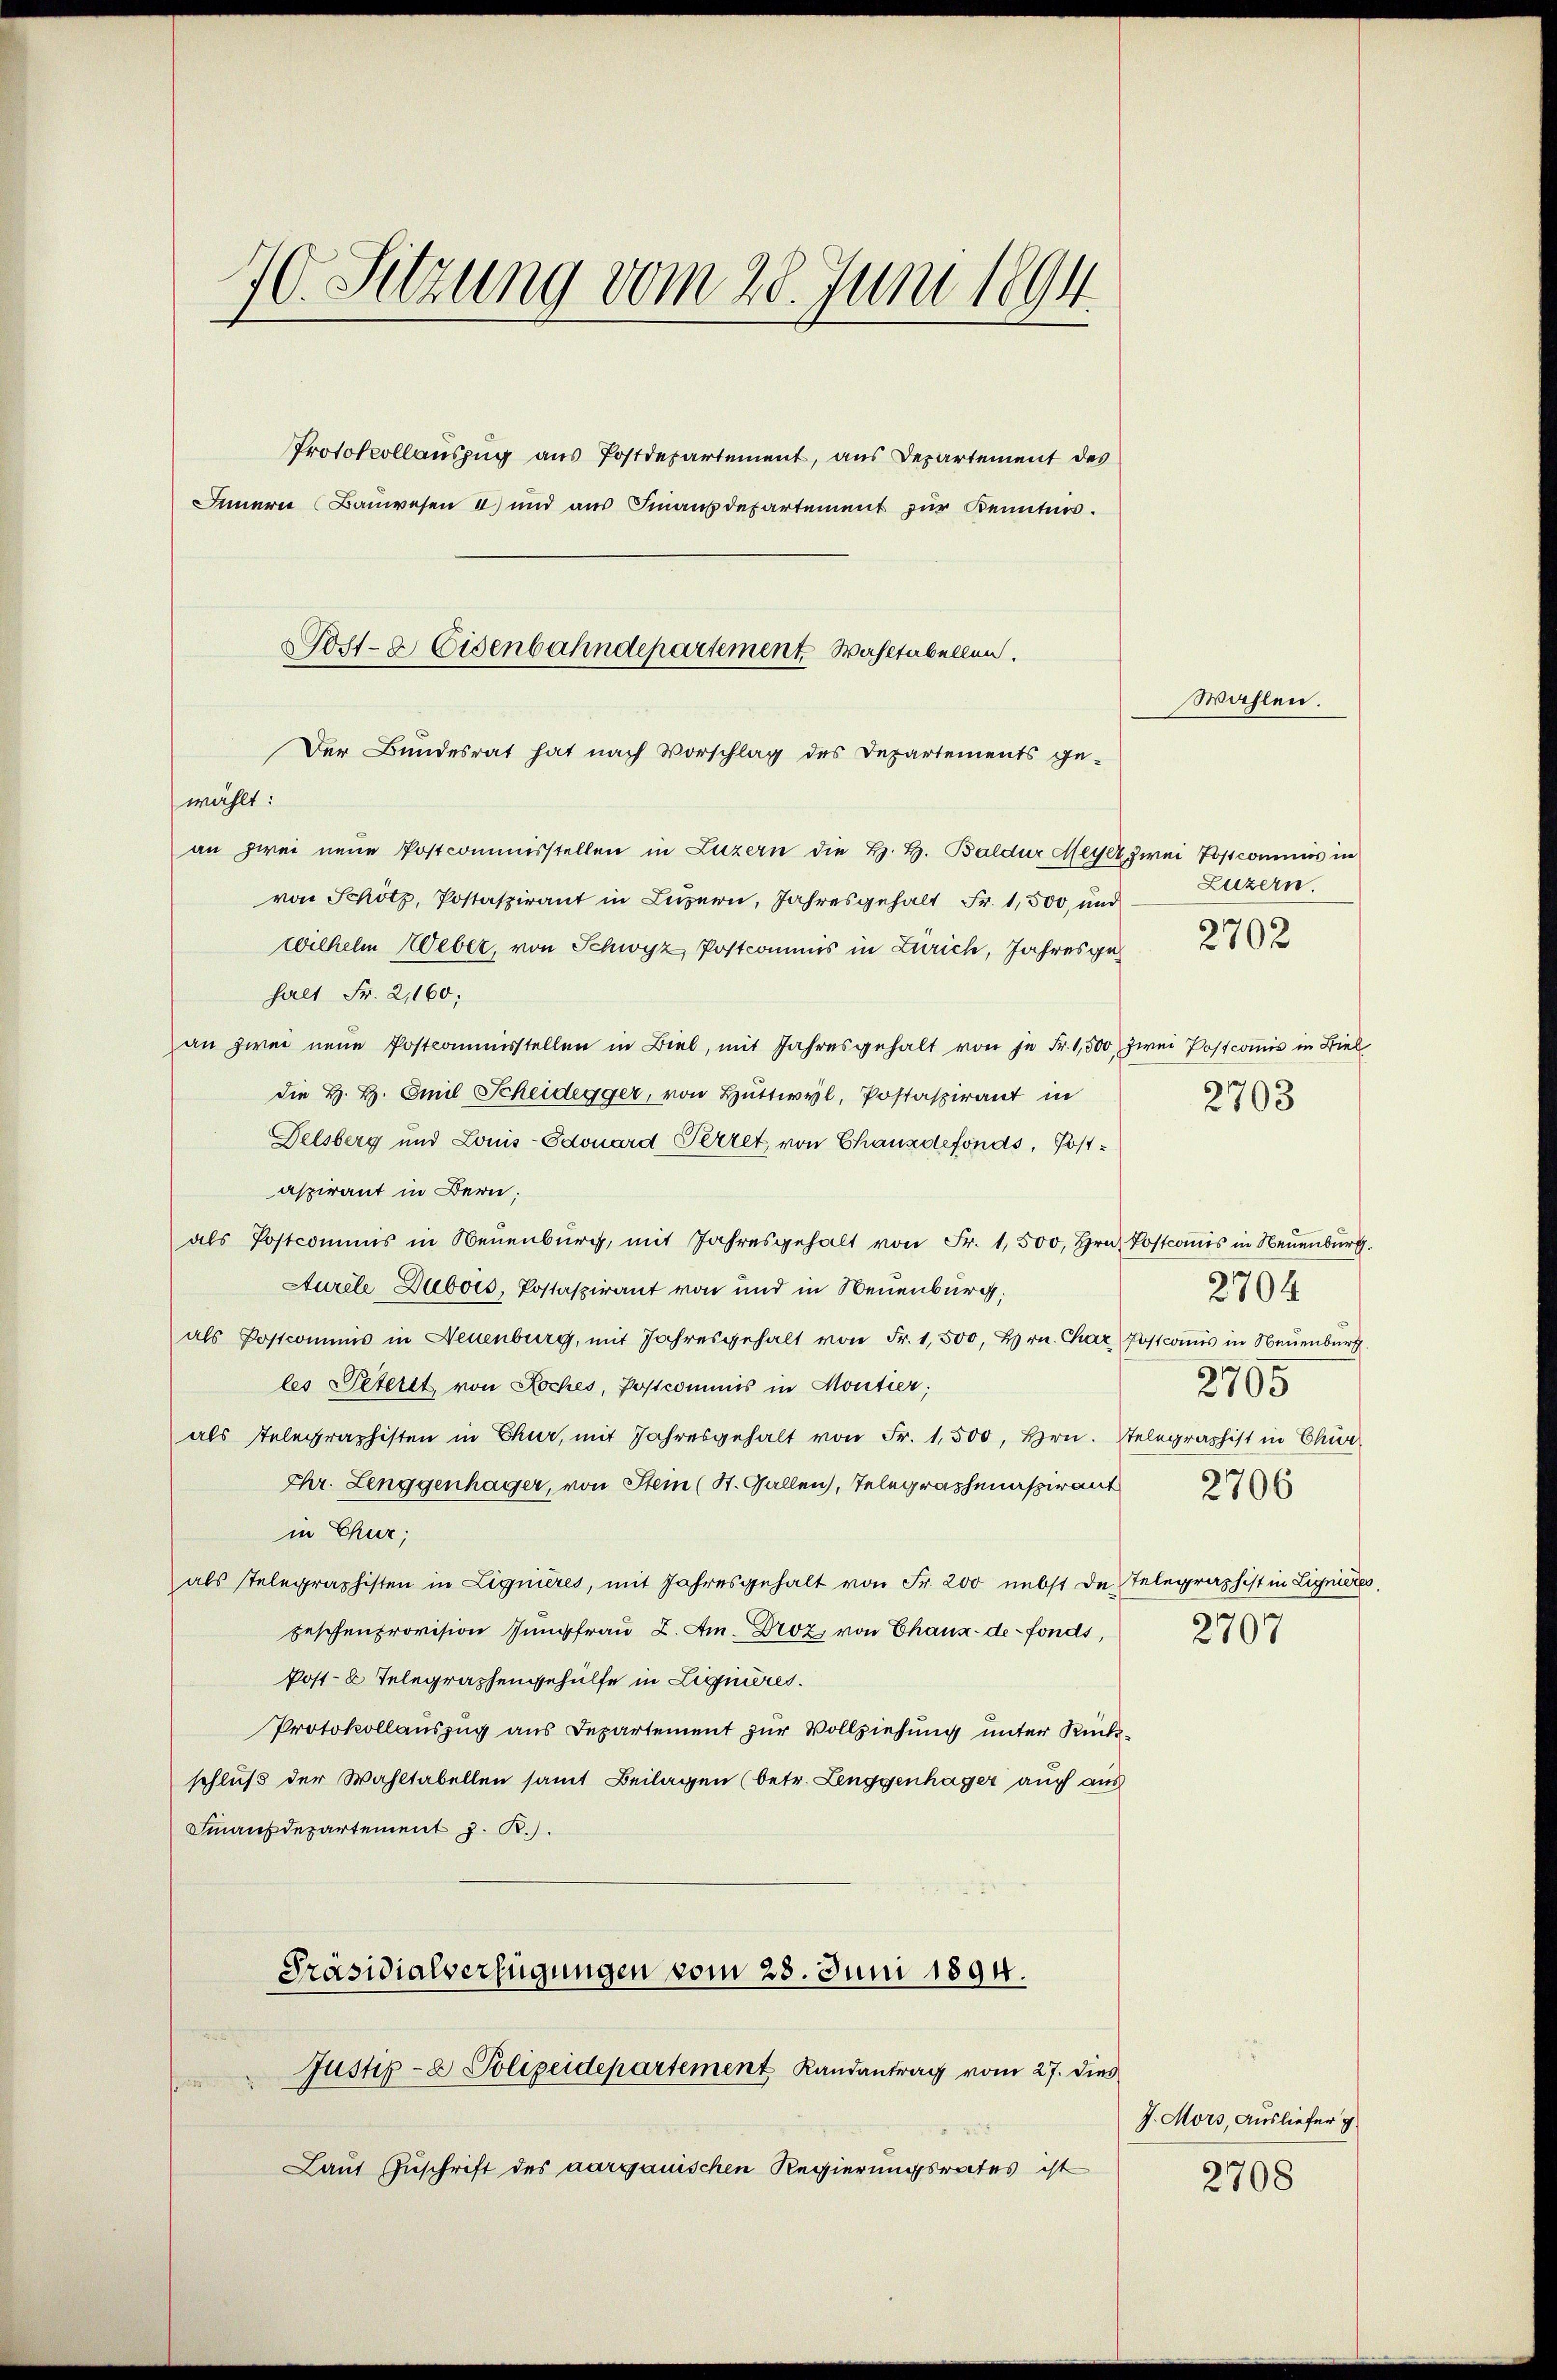
70. Sitzung vom 28. Juni 1894.
t
Protokollauszug aus Postdepartement, aus Departement des
Innere Baŭwesen a) und aŭs Finanzdepartement zŭr Kenntnis.
Sost- & Eisenbahndepartement. Wahltabellen.

wählt:
an zwei neue Postcommisstellen in Luzern die H. H. Baldur Meyer zwei Postcommis in
von Schötz, Postaspirant in Luzern, Jahresgehalt Fr. 1,500, und
Wilhelm Weber, von Schwyz, Postcommis in Zürich, Jahresgehalt Fr. 2,160:
an zwei neŭe Postcommisstellen in Biel, mit Jahresgehalt von je Fr. 1,500 zwei Postcomis in Biel
die H. H. Emil Scheidegger, von Hüttwyl, Postaspirant in
Delsberg und Louis-Edouard Perret, von Chauzdefonds, Postaspirant in Bern:
als Postcommis in Neuenburg, mit Jahresgehalt von Fr. 1,500, Hrn. Postcommis in Neuenburg.
Aurele Dubois, Postaspirant von und in Neuenburg,
als Postcommis in Neuenburg, mit Jahresgehalt von Fr. 1,500, Hrn. Char Postcomis in Neuenburg.
les Peterit, von Loches, Postcommis in Moutier;
als Telegraphisten in Chur, mit Jahresgehalt von Fr. 1,500, Hrn. Stelegraphist in Chur-
Chr. Lenggenhäger, von Stein (St. Gallen, Telegraphenaspirant
in Chur;
als Telegraphisten in Lignieres, mit Jahresgehalt von Fr. 200 nebst de Telegraphist in Lignieres,
feschenprovision Jungfrau 2. Am. Droz. von Chaux-de-Fonds,
Post- u Telegraphengehülfe in Liquieres.
Protokollauszug aus Departement zur Vollziehung unter Rückschluß der Wahltabellen samt Beilagen (betr. Lenggenhäger auch aus
Finanzdepartement J. R.).
Präsidialverfügungen vom 28. Juni 1894.
Justiz- & Polizeidepartement Randantrag vom 27. dies
Laut Zuschrift des aargauischen Regierungsrates ist

Der Bundesrat hat nach Vorschlag des Departements ge-

Wahlen.

Luzern.
2702

2703

2704
2705
2706
2707

J. Mors, Ausliefer g
2708